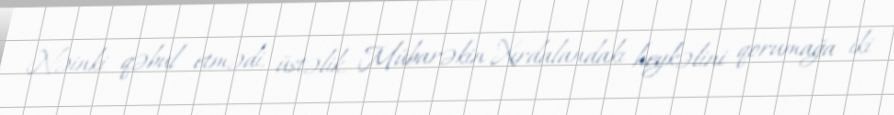
Nəinki qəbul etmədi, üstəlik, Mübarəkin Xırdalandakı heykəlini qorumağa iki